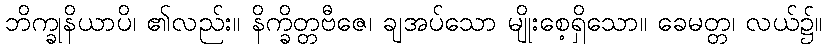
ဘိက္ခုနိယာပိ၊ ၏လည်း။ နိက္ခိတ္တဗီဇေ၊ ချအပ်သော မျိုးစေ့ရှိသော။ ခေမတ္တ၊ လယ်၌။